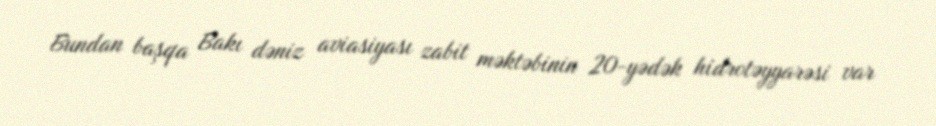
Bundan başqa Bakı dəniz aviasiyası zabit məktəbinin 20-yədək hidrotəyyarəsi var